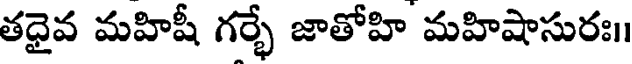
తధైవ మహిషీ గర్భే జాతోహి మహిషాసురః।